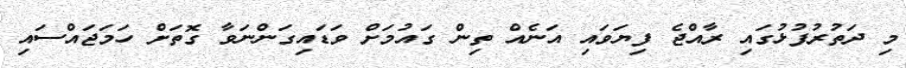
މި ދަތުރުފުޅުގައި ރާއްޖެ ފިޔަވައި އަނެއް ތިން ގައުމަށް ވަޑައިގަންނަވާ ގޮތަށް ހަމަޖައްސައި